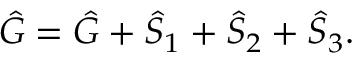
\hat { \cal G } = \hat { G } + \hat { S } _ { 1 } + \hat { S } _ { 2 } + \hat { S } _ { 3 } .